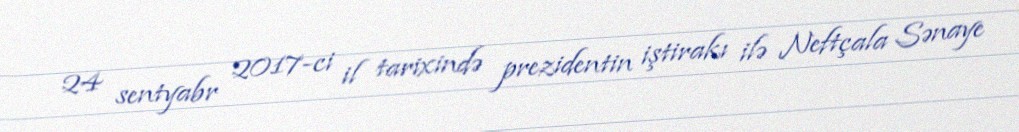
24 sentyabr 2017-ci il tarixində prezidentin iştirakı ilə Neftçala Sənaye